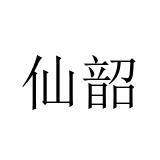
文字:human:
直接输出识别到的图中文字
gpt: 仙韶